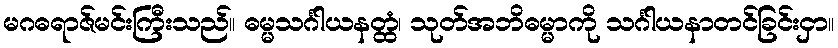
မဂဓရာဇ်မင်းကြီးသည်။ ဓမ္မသင်္ဂါယနတ္ထံ၊ သုတ်အဘိဓမ္မာကို သင်္ဂါယနာတင်ခြင်းငှာ။